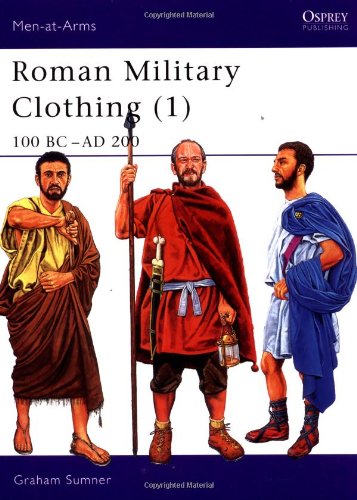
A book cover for Roman Military Clothing (1): 100 BC-AD 200 (Men-at-Arms) (Vol 1); Graham Sumner; History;